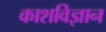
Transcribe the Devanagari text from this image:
काशविज्ञान